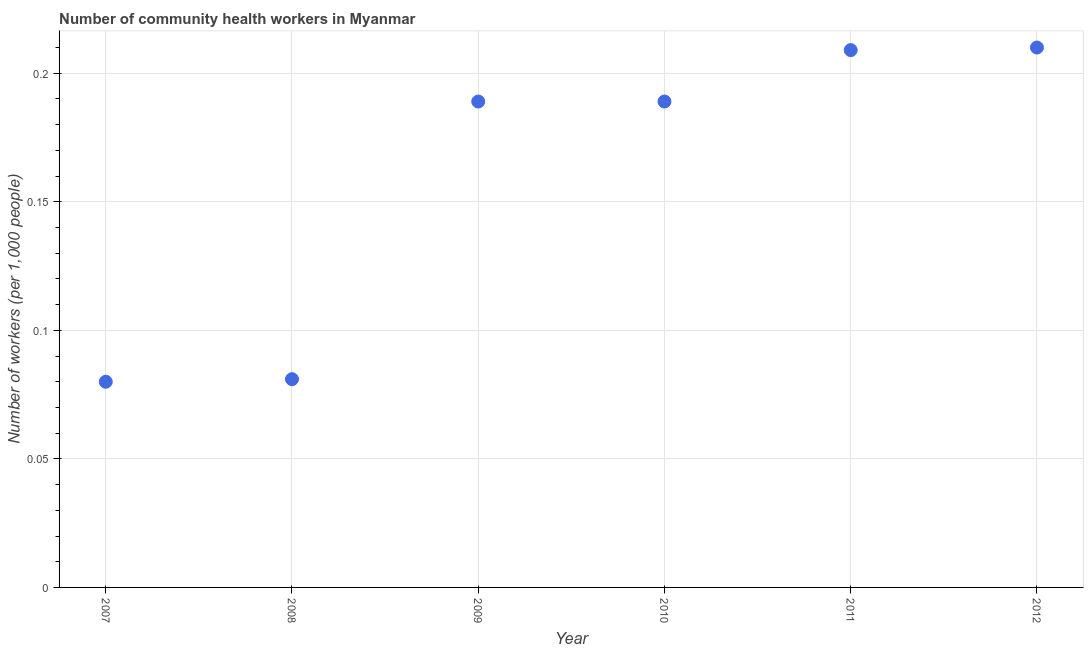
| Year | Community health workers |
 | --- | --- |
 | 2007 | 0.08 |
 | 2008 | 0.081 |
 | 2009 | 0.189 |
 | 2010 | 0.189 |
 | 2011 | 0.209 |
 | 2012 | 0.21 |